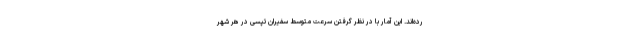
رده‌اند. این آمار با در نظر گرفتن سرعت متوسط سفیران تپسی در هر شهر